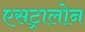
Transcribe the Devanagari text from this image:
एसट्रालोन